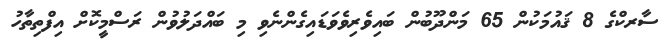
ސާރކްގެ 8 ޤައުމަކުން 65 މަންދޫބުން ބައިވެރިވެވަޑައިގެންނެވި މި ބައްދަލުވުން ރަސްމީކޮށް އިފްތިތާހު